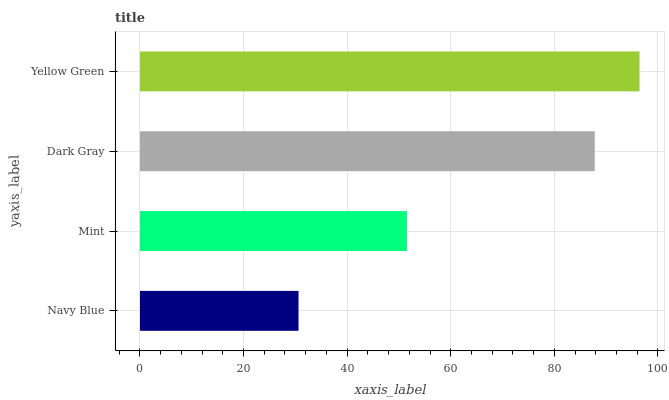
| yaxis_label | bars |
 | --- | --- |
 | Navy Blue | 30.6 |
 | Mint | 51.6 |
 | Dark Gray | 87.8 |
 | Yellow Green | 96.5 |